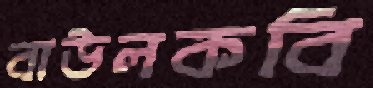
বাউলকবি